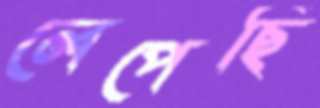
লেপেছি